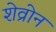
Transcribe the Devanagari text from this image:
शेव्रोन